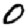
Digit: 0